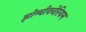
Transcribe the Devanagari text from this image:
झोम्बीक्वेरियम